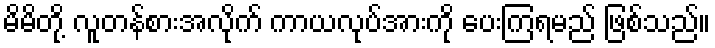
မိမိတို့ လူတန်စားအလိုက် ကာယလုပ်အားကို ပေးကြရမည် ဖြစ်သည်။